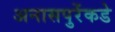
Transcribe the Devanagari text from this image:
अनासपुरेंकडे